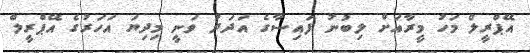
އޭޕްރީލް މަހު މީރާއަށް ލިބުނު ފައިސާގެ އަދަދު ވަނީ މިދިޔަ އަހަރުގެ އޭޕްރީލް